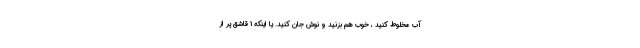
آب مخلوط کنید ، خوب هم بزنید و نوش جان کنید. یا اینکه 1 قاشق پر از